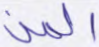
المن